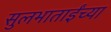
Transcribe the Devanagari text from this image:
सुलभाताईंच्या